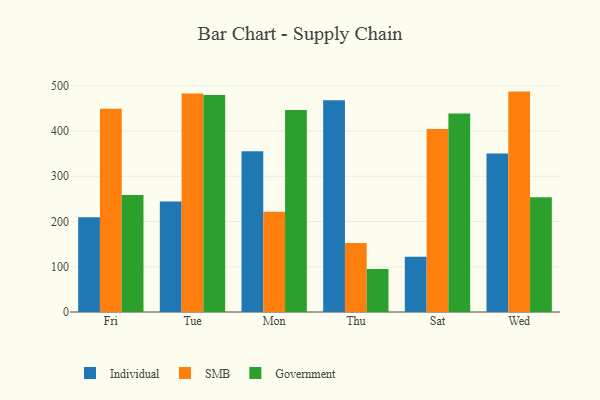
{"axis": {"x": "Day", "y": "Energy Usage (MWh)"}, "legend": ["Government", "Individual", "SMB"], "data": [{"x": "Fri", "y": 209.3, "type": "Individual"}, {"x": "Fri", "y": 449.3, "type": "SMB"}, {"x": "Fri", "y": 258.5, "type": "Government"}, {"x": "Tue", "y": 244.4, "type": "Individual"}, {"x": "Tue", "y": 482.9, "type": "SMB"}, {"x": "Tue", "y": 479.7, "type": "Government"}, {"x": "Mon", "y": 355.6, "type": "Individual"}, {"x": "Mon", "y": 221.8, "type": "SMB"}, {"x": "Mon", "y": 446.5, "type": "Government"}, {"x": "Thu", "y": 468.3, "type": "Individual"}, {"x": "Thu", "y": 152.7, "type": "SMB"}, {"x": "Thu", "y": 95.1, "type": "Government"}, {"x": "Sat", "y": 122.0, "type": "Individual"}, {"x": "Sat", "y": 404.5, "type": "SMB"}, {"x": "Sat", "y": 439.0, "type": "Government"}, {"x": "Wed", "y": 350.5, "type": "Individual"}, {"x": "Wed", "y": 487.2, "type": "SMB"}, {"x": "Wed", "y": 253.8, "type": "Government"}]}